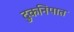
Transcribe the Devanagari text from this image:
दुकनिपात